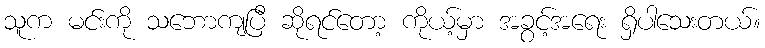
သူက မင်းကို သဘောကျပြီ ဆိုရင်တော့ ကိုယ့်မှာ အခွင့်အရေး ရှိပါသေးတယ်။